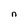
Character: n